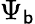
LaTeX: \Psi_{\mathsf{b}}